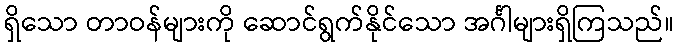
ရှိသော တာဝန်များကို ဆောင်ရွက်နိုင်သော အင်္ဂါများရှိကြသည်။